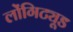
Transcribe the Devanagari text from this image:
लोंगिट्यूड